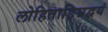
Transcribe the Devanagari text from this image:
लोहिताङ्घ्रिद्वयं